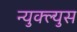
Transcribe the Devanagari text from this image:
न्युक्ल्युस